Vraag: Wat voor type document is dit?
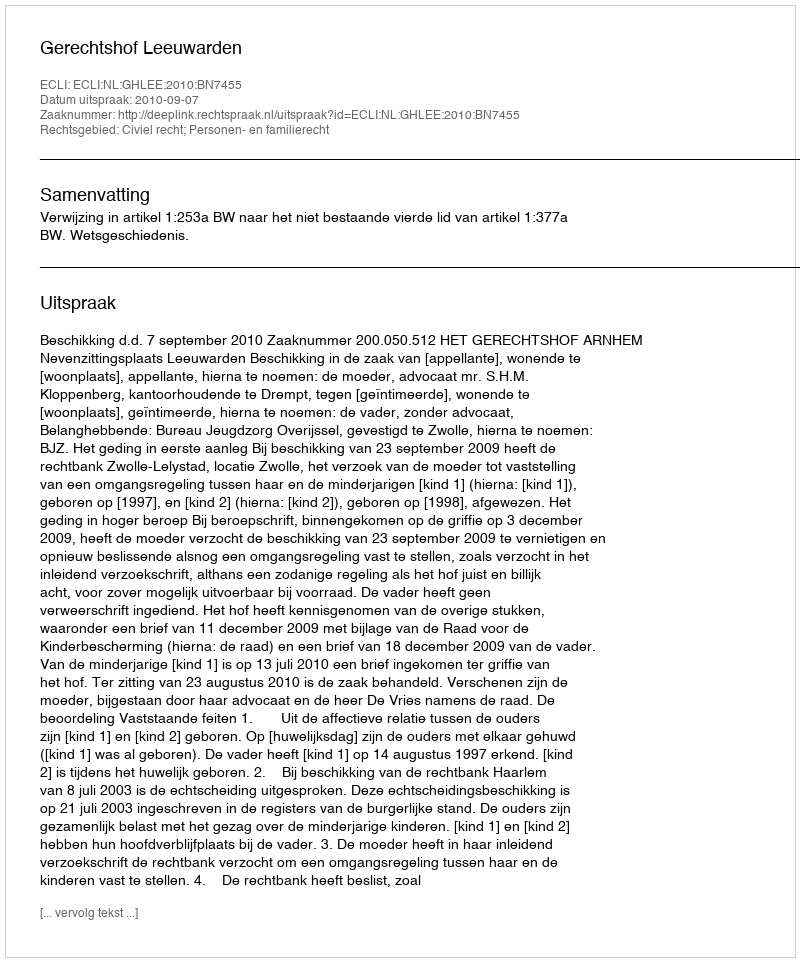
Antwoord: Uitspraak